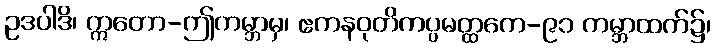
ဥဒပါဒိ၊ ဣတော-ဤကမ္ဘာမှ၊ ဧကနဝုတိကပ္ပမတ္ထကေ-၉၁ ကမ္ဘာထက်၌၊